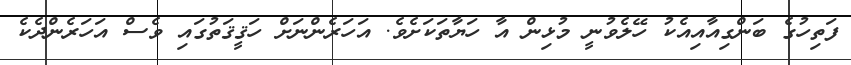
ފަތިހުގެ ބަންގިއާއިއެކު ހޭލެވުނީ މުޅިން އާ ހަޔާތަކަށެވެ. އަހަރެންނަށް ހަޤީޤަތުގައި ވެސް އަހަރެންދެކެ